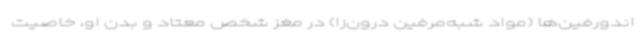
اندورفین‌ها (مواد شبه‌مرفین درون‌زا) در مغز شخص معتاد و بدن او، خاصیت